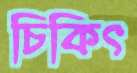
চিকিৎ